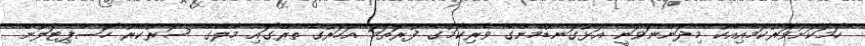
ހަމަކަށަވަރުކަމާއިއެކު މިދަންނަވަނީ އަޅުގަނޑުމެންގެ ވެރިކަމުގެ ފުރަތަމަ އަހަރުގެ ތެރޭގައި މާލޭގެ ސަރުކާރު ހޮސްޕިޓަލުން